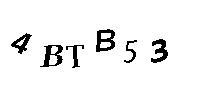
4BTB53